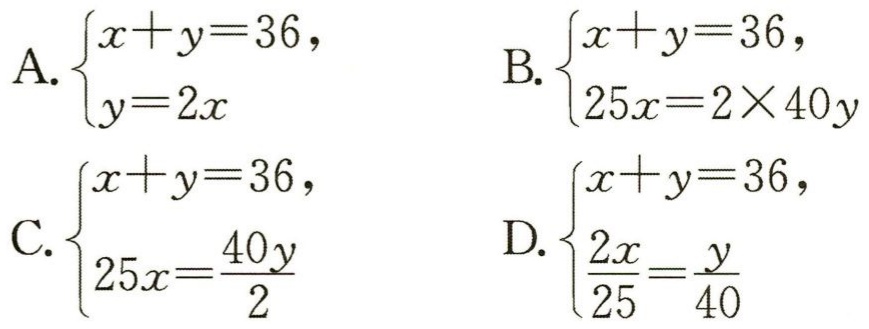
A. \(\begin{cases}x + y = 36,\\y = 2x\end{cases}\)

B. \(\begin{cases}x + y = 36,\\25x = 2\times40y\end{cases}\)

C. \(\begin{cases}x + y = 36,\\25x=\frac{40y}{2}\end{cases}\)

D. \(\begin{cases}x + y = 36,\\\frac{2x}{25}=\frac{y}{40}\end{cases}\)